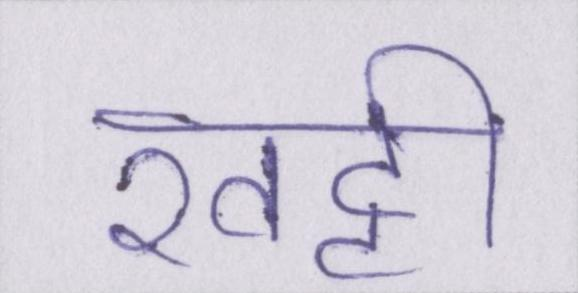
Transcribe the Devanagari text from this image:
खट्टी